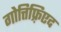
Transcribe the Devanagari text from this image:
गोत्तिफ़्रिएद